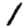
Digit: 1